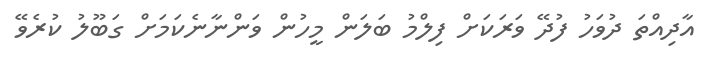
އާދިއްތަ ދުވަހު ފުދޭ ވަރަކަށް ފިލްމު ބަލަން މީހުން ވަންނާނެކަމަށް ގަބޫލު ކުރެވޭ